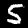
Digit: 5